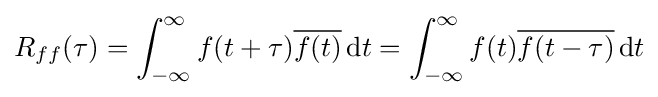
R_{ff}(\tau )=\int _{-\infty }^{\infty }f(t+\tau ){\overline {f(t)}}\,{\rm {d}}t=\int _{-\infty }^{\infty }f(t){\overline {f(t-\tau )}}\,{\rm {d}}t